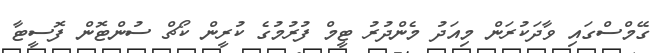
ގޭމްސްގައި ވާދަކުރަން މިއަދު މެންދުރު ޓީމް ފުރުމުގެ ކުރީން ކޯޗް ސުންޓޮން ފޮސީޓާ